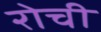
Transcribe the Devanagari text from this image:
रोची